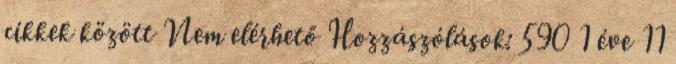
cikkek között Nem elérhető Hozzászólások: 590 1 éve 11